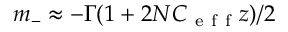
m _ { - } \approx - \Gamma ( 1 + 2 N C _ { \mathrm { ~ e ~ f ~ f ~ } } z ) / 2